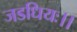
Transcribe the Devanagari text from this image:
जडधियः।।